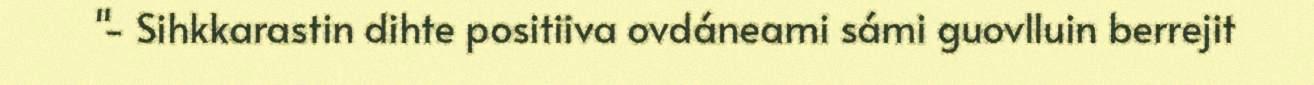
"- Sihkkarastin dihte positiiva ovdáneami sámi guovlluin berrejit